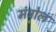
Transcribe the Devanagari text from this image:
मंट्रोल